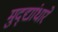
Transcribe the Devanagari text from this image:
मुद्द्यांधारे